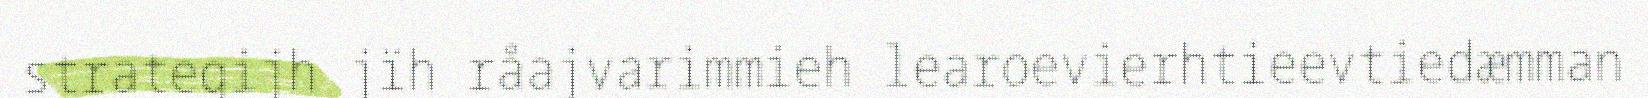
strategijh jïh råajvarimmieh learoevierhtieevtiedæmman